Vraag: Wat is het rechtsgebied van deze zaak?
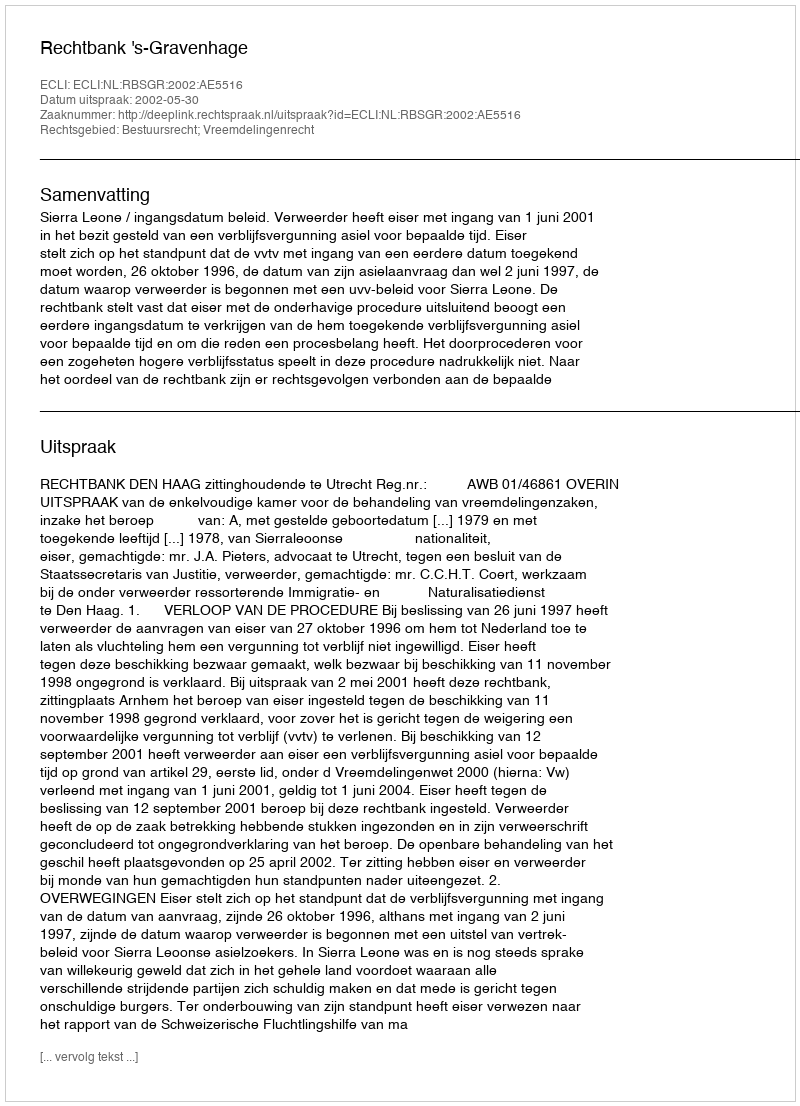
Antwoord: Bestuursrecht; Vreemdelingenrecht